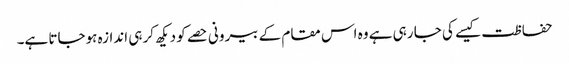
حفاظت کیسے کی جا رہی ہے وہ اس مقام کے بیرونی حصے کو دیکھ کر ہی اندازہ ہوجاتا ہے۔